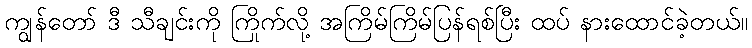
ကျွန်တော် ဒီ သီချင်းကို ကြိုက်လို့ အကြိမ်ကြိမ်ပြန်ရစ်ပြီး ထပ် နားထောင်ခဲ့တယ်။